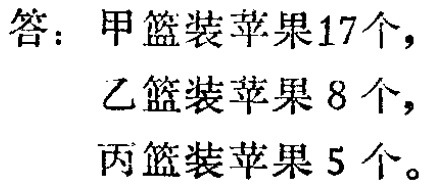
答：甲篮装苹果\(17\)个，
乙篮装苹果\(8\)个，
丙篮装苹果\(5\)个。